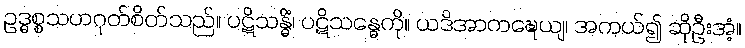
ဥဒ္ဓစ္စသဟဂုတ်စိတ်သည်။ ပဋိသန္ဓိံ၊ ပဋိသန္ဓေကို။ ယဒိအာကဍ္ဎေယျ၊ အကယ်၍ ဆိုဦးအံ့။